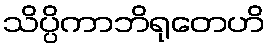
သိပ္ပိကာဘိရုတေဟိ